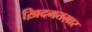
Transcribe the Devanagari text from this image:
ख़िदमतग़ार